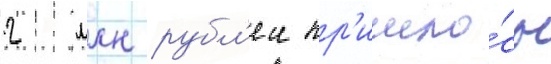
2 млн рубл'еи пр'ишло́сь